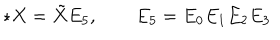
\star X = \tilde { X } E _ { 5 } , \qquad E _ { 5 } = E _ { 0 } E _ { 1 } E _ { 2 } E _ { 3 }